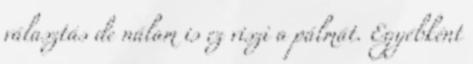
választás de nálam is ez viszi a pálmát. Egyébként